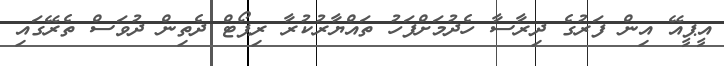
އީޕީއޭ އިން ފަރުގެ ދިރާސާ ހެދުމަށްފަހު ތައްޔާރުކުރާ ރިޕޯޓް ދެތިން ދުވަސް ތެރޭގައި